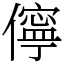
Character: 儜